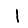
Digit: 1